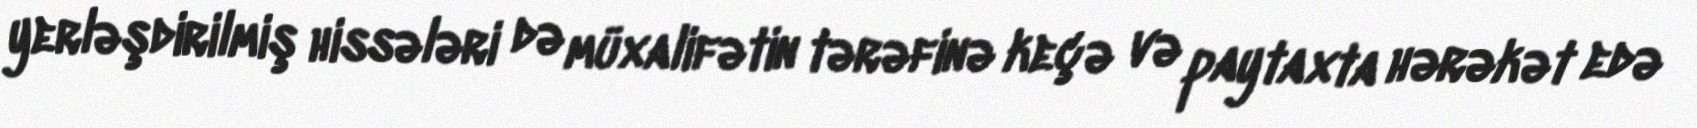
yerləşdirilmiş hissələri də müxalifətin tərəfinə keçə və paytaxta hərəkət edə